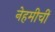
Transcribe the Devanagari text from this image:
नेहमीचीं